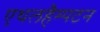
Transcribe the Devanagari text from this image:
एथलहैम्पटन